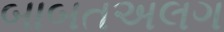
બાબતઅલગ